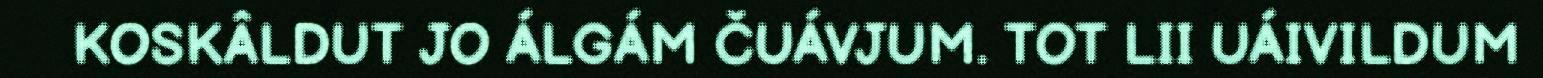
KOSKÂLDUT JO ÁLGÁM ČUÁVJUM. TOT LII UÁIVILDUM